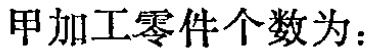
甲加工零件个数为：